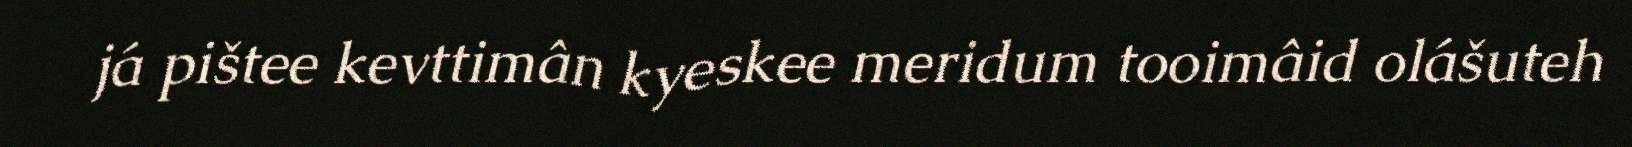
já pištee kevttimân kyeskee meridum tooimâid olášuteh